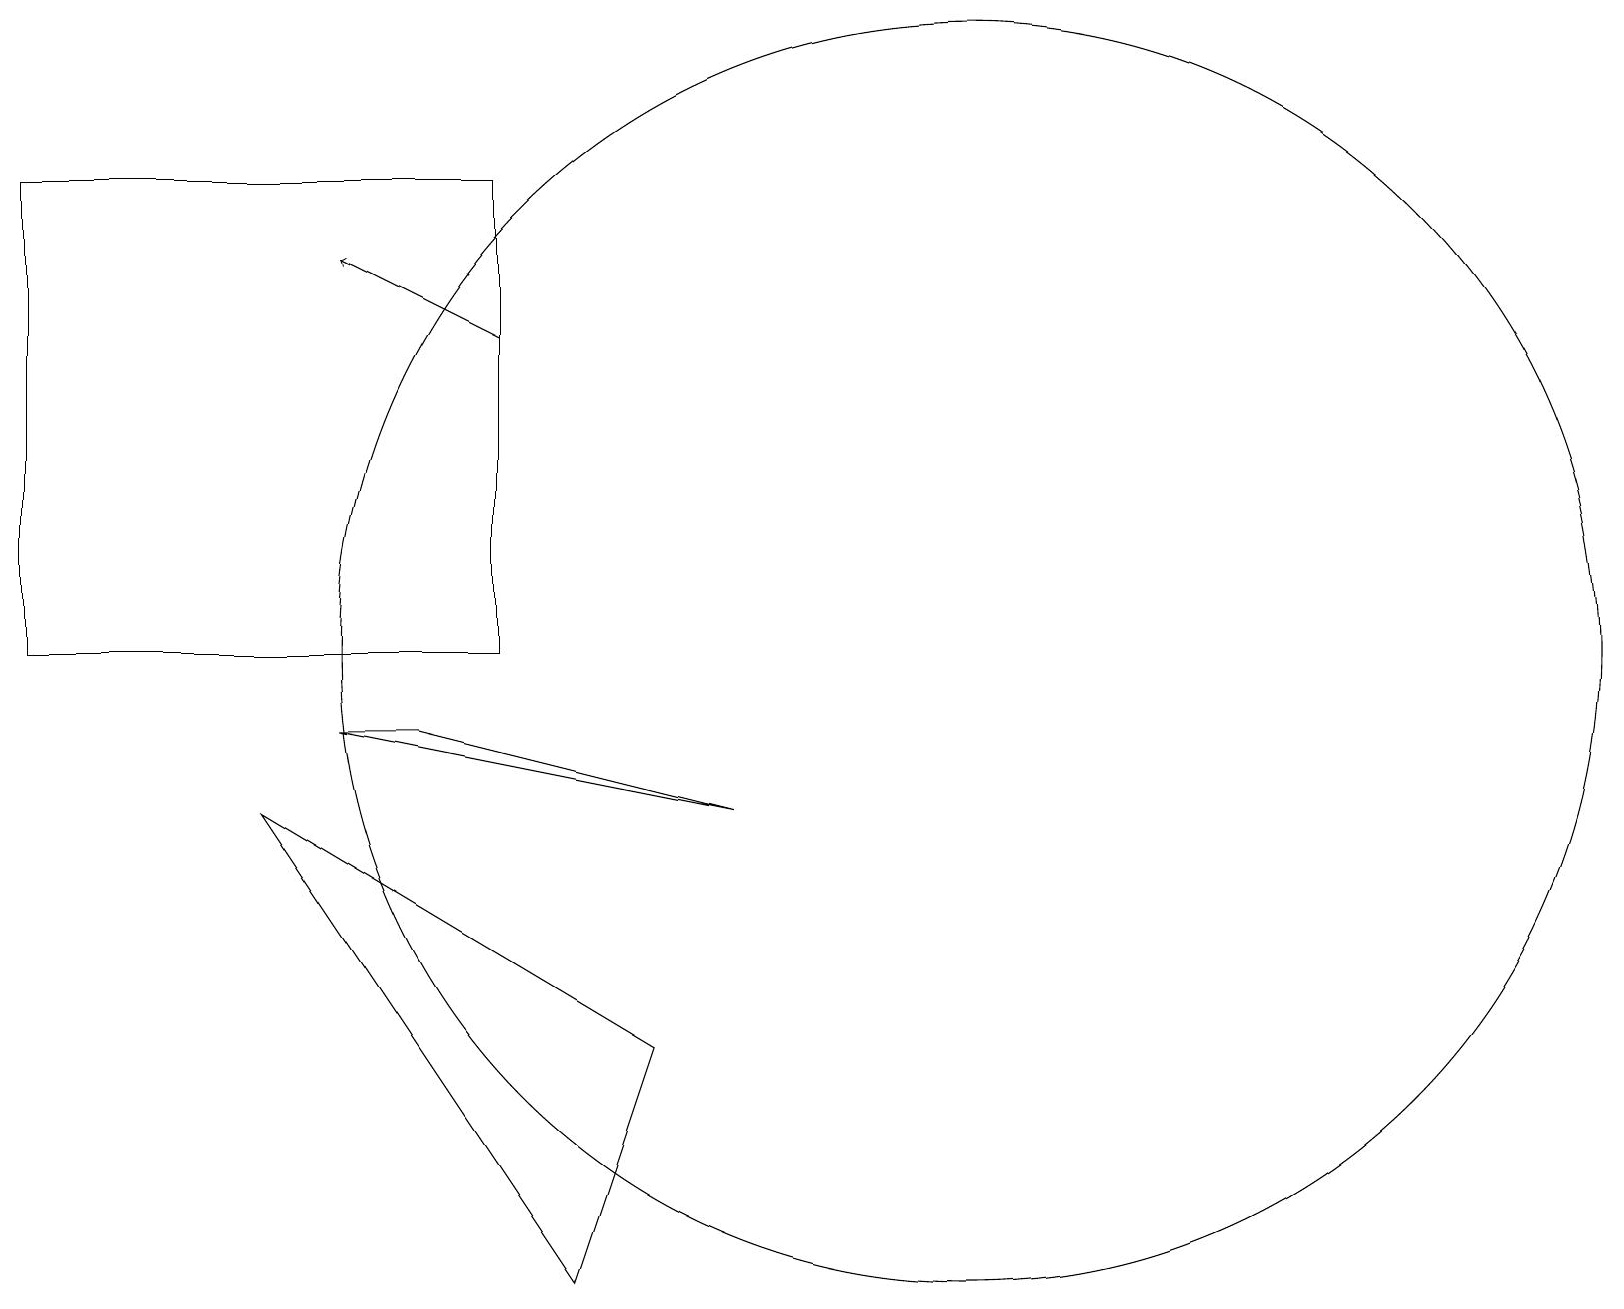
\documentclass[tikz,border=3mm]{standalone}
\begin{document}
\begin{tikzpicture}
\draw (12,10) circle (8);
\draw[->] (6,14) -- (4,15);
\draw (6,16) rectangle (0,10);
\draw (8,5) -- (7,2) -- (3,8) -- cycle;
\draw (9,8) -- (4,9) -- (5,9) -- cycle;
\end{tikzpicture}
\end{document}